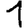
Digit: 1